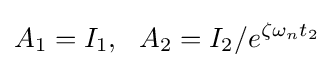
A_{1}=I_{1},\ \ A_{2}=I_{2}/e^{\zeta \omega _{n}t_{2}}